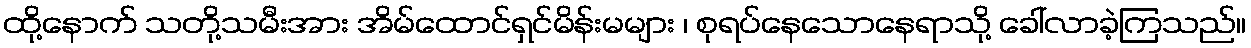
ထို့နောက် သတို့သမီးအား အိမ်ထောင်ရှင်မိန်းမများ ၊ စုရပ်နေသောနေရာသို့ ခေါ်လာခဲ့ကြသည်။